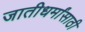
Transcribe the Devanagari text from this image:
जातीधर्मांसाठी